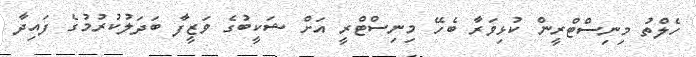
ހެލްތު މިނިސްޓްރީން ކުޅިވަރާ ބެހޭ މިނިސްޓްރީ އަށް ޝަކީބުގެ ވަޒީފާ ބަދަލުކުރުމުގެ ފައިދާ